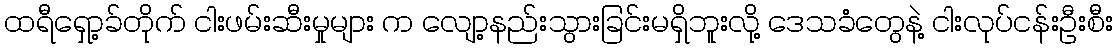
ထရီရှော့ခ်တိုက် ငါးဖမ်းဆီးမှုများ က လျော့နည်းသွားခြင်းမရှိဘူးလို့ ဒေသခံတွေနဲ့ ငါးလုပ်ငန်းဦးစီး